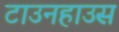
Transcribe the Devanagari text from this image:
टाउनहाउस